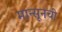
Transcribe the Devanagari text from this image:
मान्सूनची